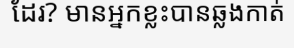
ដែរ? មានអ្នកខ្លះបានឆ្លងកាត់